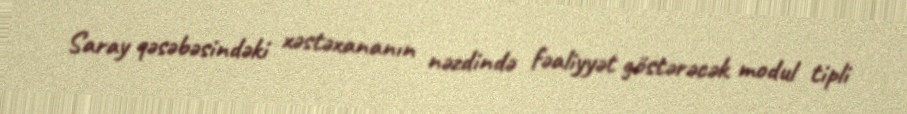
Saray qəsəbəsindəki xəstəxananın nəzdində fəaliyyət göstərəcək modul tipli